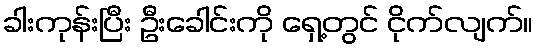
ခါးကုန်းပြီး ဦးခေါင်းကို ရှေ့တွင် ငိုက်လျက်။